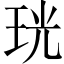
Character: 珖